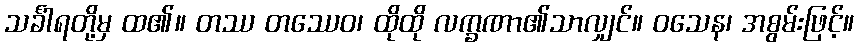
သင်္ခါရတို့မှ ထ၏။ တဿ တဿေဝ၊ ထိုထို လက္ခဏာ၏သာလျှင်။ ဝသေန၊ အစွမ်းဖြင့်။